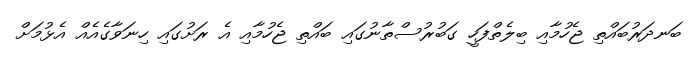
ބަނދަރުބައްތި ޖެހުމާއި ބިލެތްފަހީ ގަބުރުސްތާނުގައި ބައްތި ޖެހުމާއި އެ ރަށުގައި ހިނަވާގެއެއް އެޅުމަށް